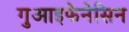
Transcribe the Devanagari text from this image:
गुआइफेनेसिन